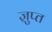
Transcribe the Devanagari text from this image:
ज्ञुप्‍त